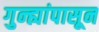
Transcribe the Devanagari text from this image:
गुन्ह्यांपासून